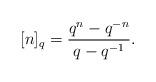
LaTeX: \begin{align*} [n]_{q}=\frac{q^{n}-q^{-n}}{q-q^{-1}}.\end{align*}